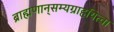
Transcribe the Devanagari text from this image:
ब्राह्मणान्‌सम्यग्राहयित्वा